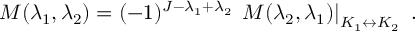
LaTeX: M ( \lambda _ { 1 } , \lambda _ { 2 } ) = ( - 1 ) ^ { J - \lambda _ { 1 } + \lambda _ { 2 } } \, \left. M ( \lambda _ { 2 } , \lambda _ { 1 } ) \right| _ { K _ { 1 } \leftrightarrow K _ { 2 } } \ .